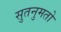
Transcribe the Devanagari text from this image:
सुतनुमतो